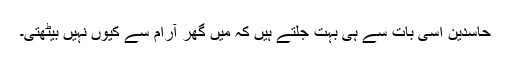
حاسدین اسی بات سے ہی بہت جلتے ہیں کہ میں گھر آرام سے کیوں نہیں بیٹھتی۔